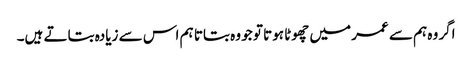
اگر وہ ہم سے عمر میں چھوٹا ہوتا تو جو وہ بتاتا ہم اس سے زیادہ بتاتے ہیں۔